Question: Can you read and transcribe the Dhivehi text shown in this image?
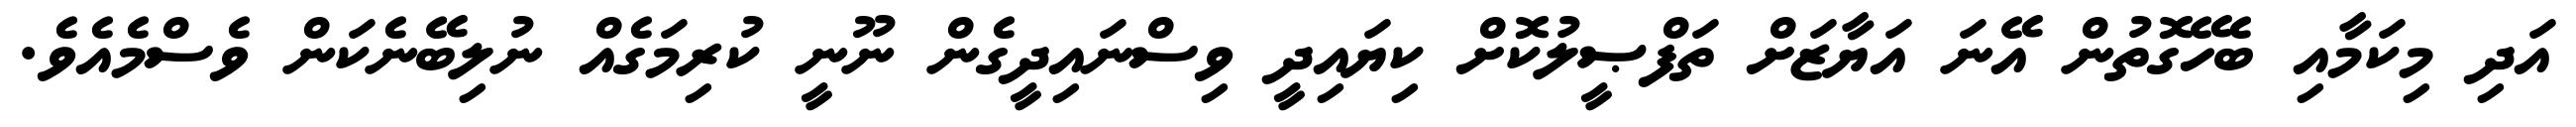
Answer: އަދި މިކަމާއި ބެހޭގޮތުން އޭނަ އަޔާޒަށް ތަފްޞީލުކޮށް ކިޔައިދީ ވިސްނައިދީގެން ނޫނީ ކުރިމަގެއް ނުލިބޭނެކަން ވެސްމެއެވެ.